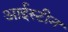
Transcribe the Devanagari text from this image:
आईस्टीन